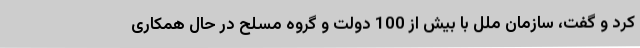
کرد و گفت، سازمان ملل با بیش از 100 دولت و گروه مسلح در حال همکاری